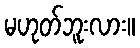
မဟုတ်ဘူးလား။